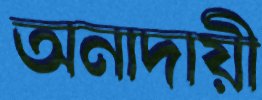
অনাদায়ী